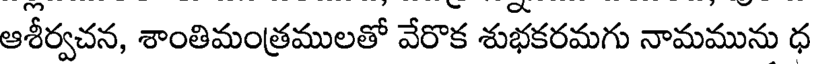
ఆశీర్వచన, శాంతిమంత్రములతో వేరొక శుభకరమగు నామమును ధ